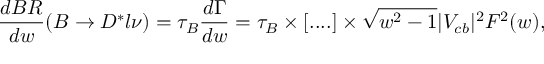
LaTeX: \frac { d { \cal B R } } { d w } ( B \to D ^ { * } l \nu ) = \tau _ { B } \frac { d \Gamma } { d w } = \tau _ { B } \times [ . . . . ] \times \sqrt { w ^ { 2 } - 1 } | V _ { c b } | ^ { 2 } { \cal F } ^ { 2 } ( w ) ,